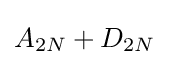
A_{2N}+D_{2N}